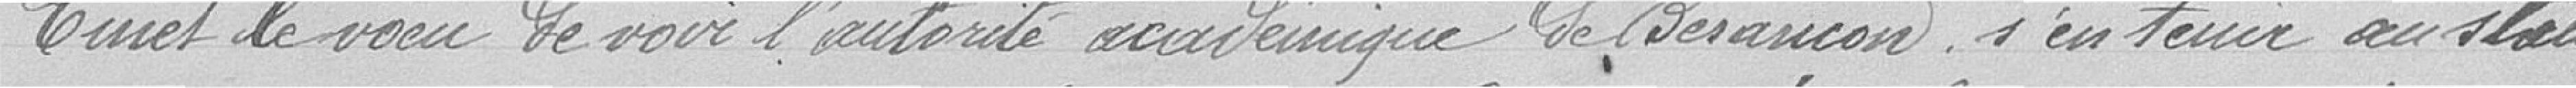
émet le voeu de voir l'autorité académique de Besançon s'en tenir au statu